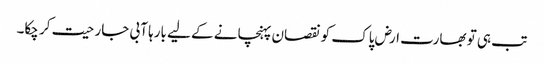
تب ہی تو بھارت ارض پاک کو نقصان پہنچانے کے لیے بارہا آبی جارحیت کر چکا۔